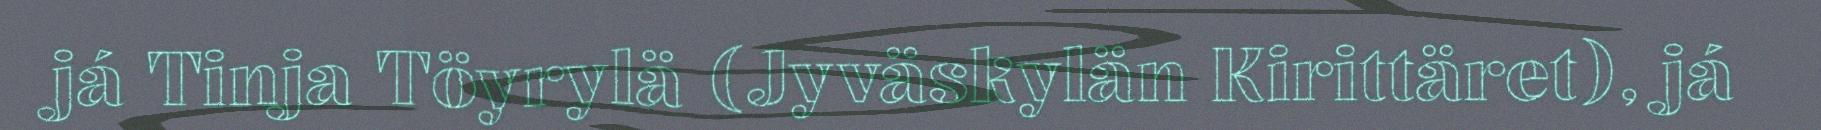
já Tinja Töyrylä (Jyväskylän Kirittäret), já